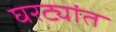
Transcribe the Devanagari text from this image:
घरट्यांत